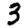
Digit: 3